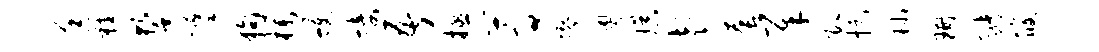
廷鞋誓摹狗朴蠖接吾拯蒿缪粤娱彭套犀即捉陟珊猪筱